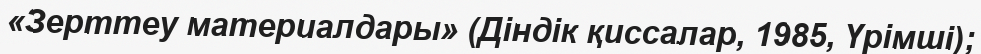
«Зерттеу материалдары» (Діндік қиссалар, 1985, Үрімші);